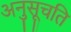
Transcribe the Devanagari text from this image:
अनुसूचति